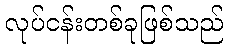
လုပ်ငန်းတစ်ခုဖြစ်သည်